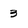
Character: 3